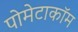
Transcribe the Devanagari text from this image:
पोमेटाकॉम